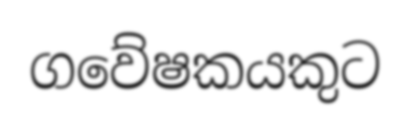
ගවේෂකයකුට